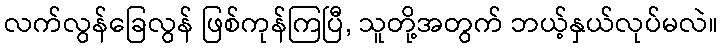
လက်လွန်ခြေလွန် ဖြစ်ကုန်ကြပြီ, သူတို့အတွက် ဘယ့်နှယ်လုပ်မလဲ။